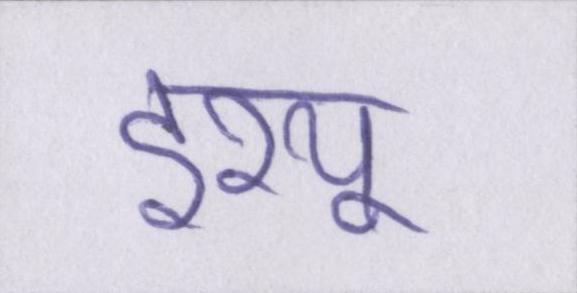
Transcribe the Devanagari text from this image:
इश्यू